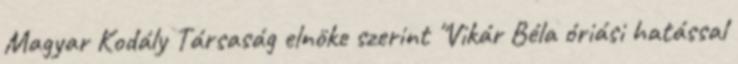
Magyar Kodály Társaság elnöke szerint "Vikár Béla óriási hatással